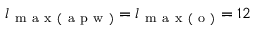
l _ { \mathrm { ~ m ~ a ~ x ~ } ( \mathrm { ~ a ~ p ~ w ~ } ) } = l _ { \mathrm { ~ m ~ a ~ x ~ } ( \mathrm { ~ o ~ } ) } = 1 2